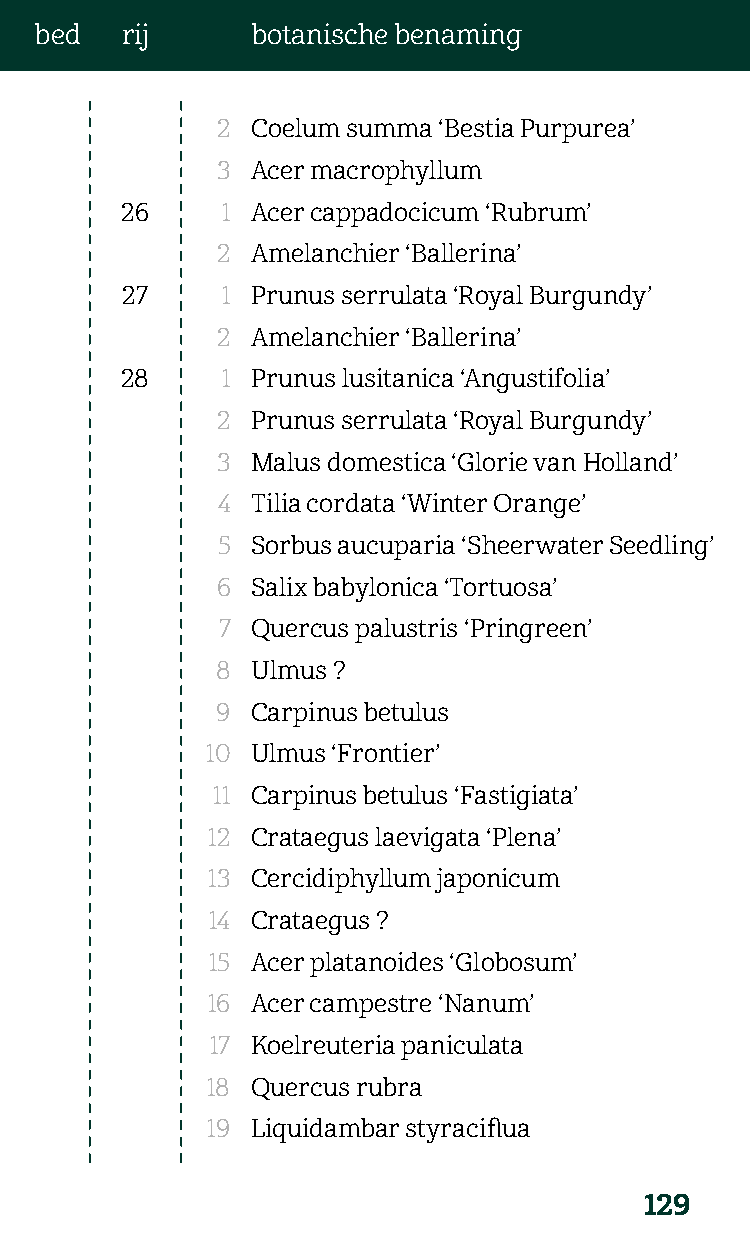
bed   rij      botanische benaming
 2  Coelum summa ‘Bestia Purpurea’
 3  Acer macrophyllum
 26     1 Acer cappadocicum ‘Rubrum’
 2  Amelanchier ‘Ballerina’
 27     1 Prunus serrulata ‘Royal Burgundy’
 2  Amelanchier ‘Ballerina’
 28     1 Prunus lusitanica ‘Angustifolia’
 2  Prunus serrulata ‘Royal Burgundy’
 3  Malus domestica ‘Glorie van Holland’
 4  Tilia cordata ‘Winter Orange’
 5  Sorbus aucuparia ‘Sheerwater Seedling’
 6  Salix babylonica ‘Tortuosa’
 7  Quercus palustris ‘Pringreen’
 8  Ulmus ?
 9  Carpinus betulus
 10 Ulmus ‘Frontier’
 11 Carpinus betulus ‘Fastigiata’
 12 Crataegus laevigata ‘Plena’
 13 Cercidiphyllum japonicum
 14 Crataegus ?
 15 Acer platanoides ‘Globosum’
 16 Acer campestre ‘Nanum’
 17 Koelreuteria paniculata
 18 Quercus rubra
 19 Liquidambar styraciflua
 129